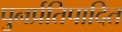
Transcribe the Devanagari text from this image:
पुनर्प्रतिपादित